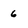
Character: 6